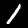
Label: 1